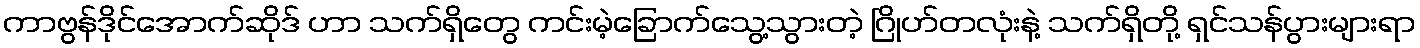
ကာဗွန်ဒိုင်အောက်ဆိုဒ် ဟာ သက်ရှိတွေ ကင်းမဲ့ခြောက်သွေ့သွားတဲ့ ဂြိုဟ်တလုံးနဲ့ သက်ရှိတို့ ရှင်သန်ပွားများရာ